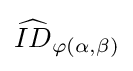
{\widehat {ID}}_{\varphi (\alpha ,\beta )}